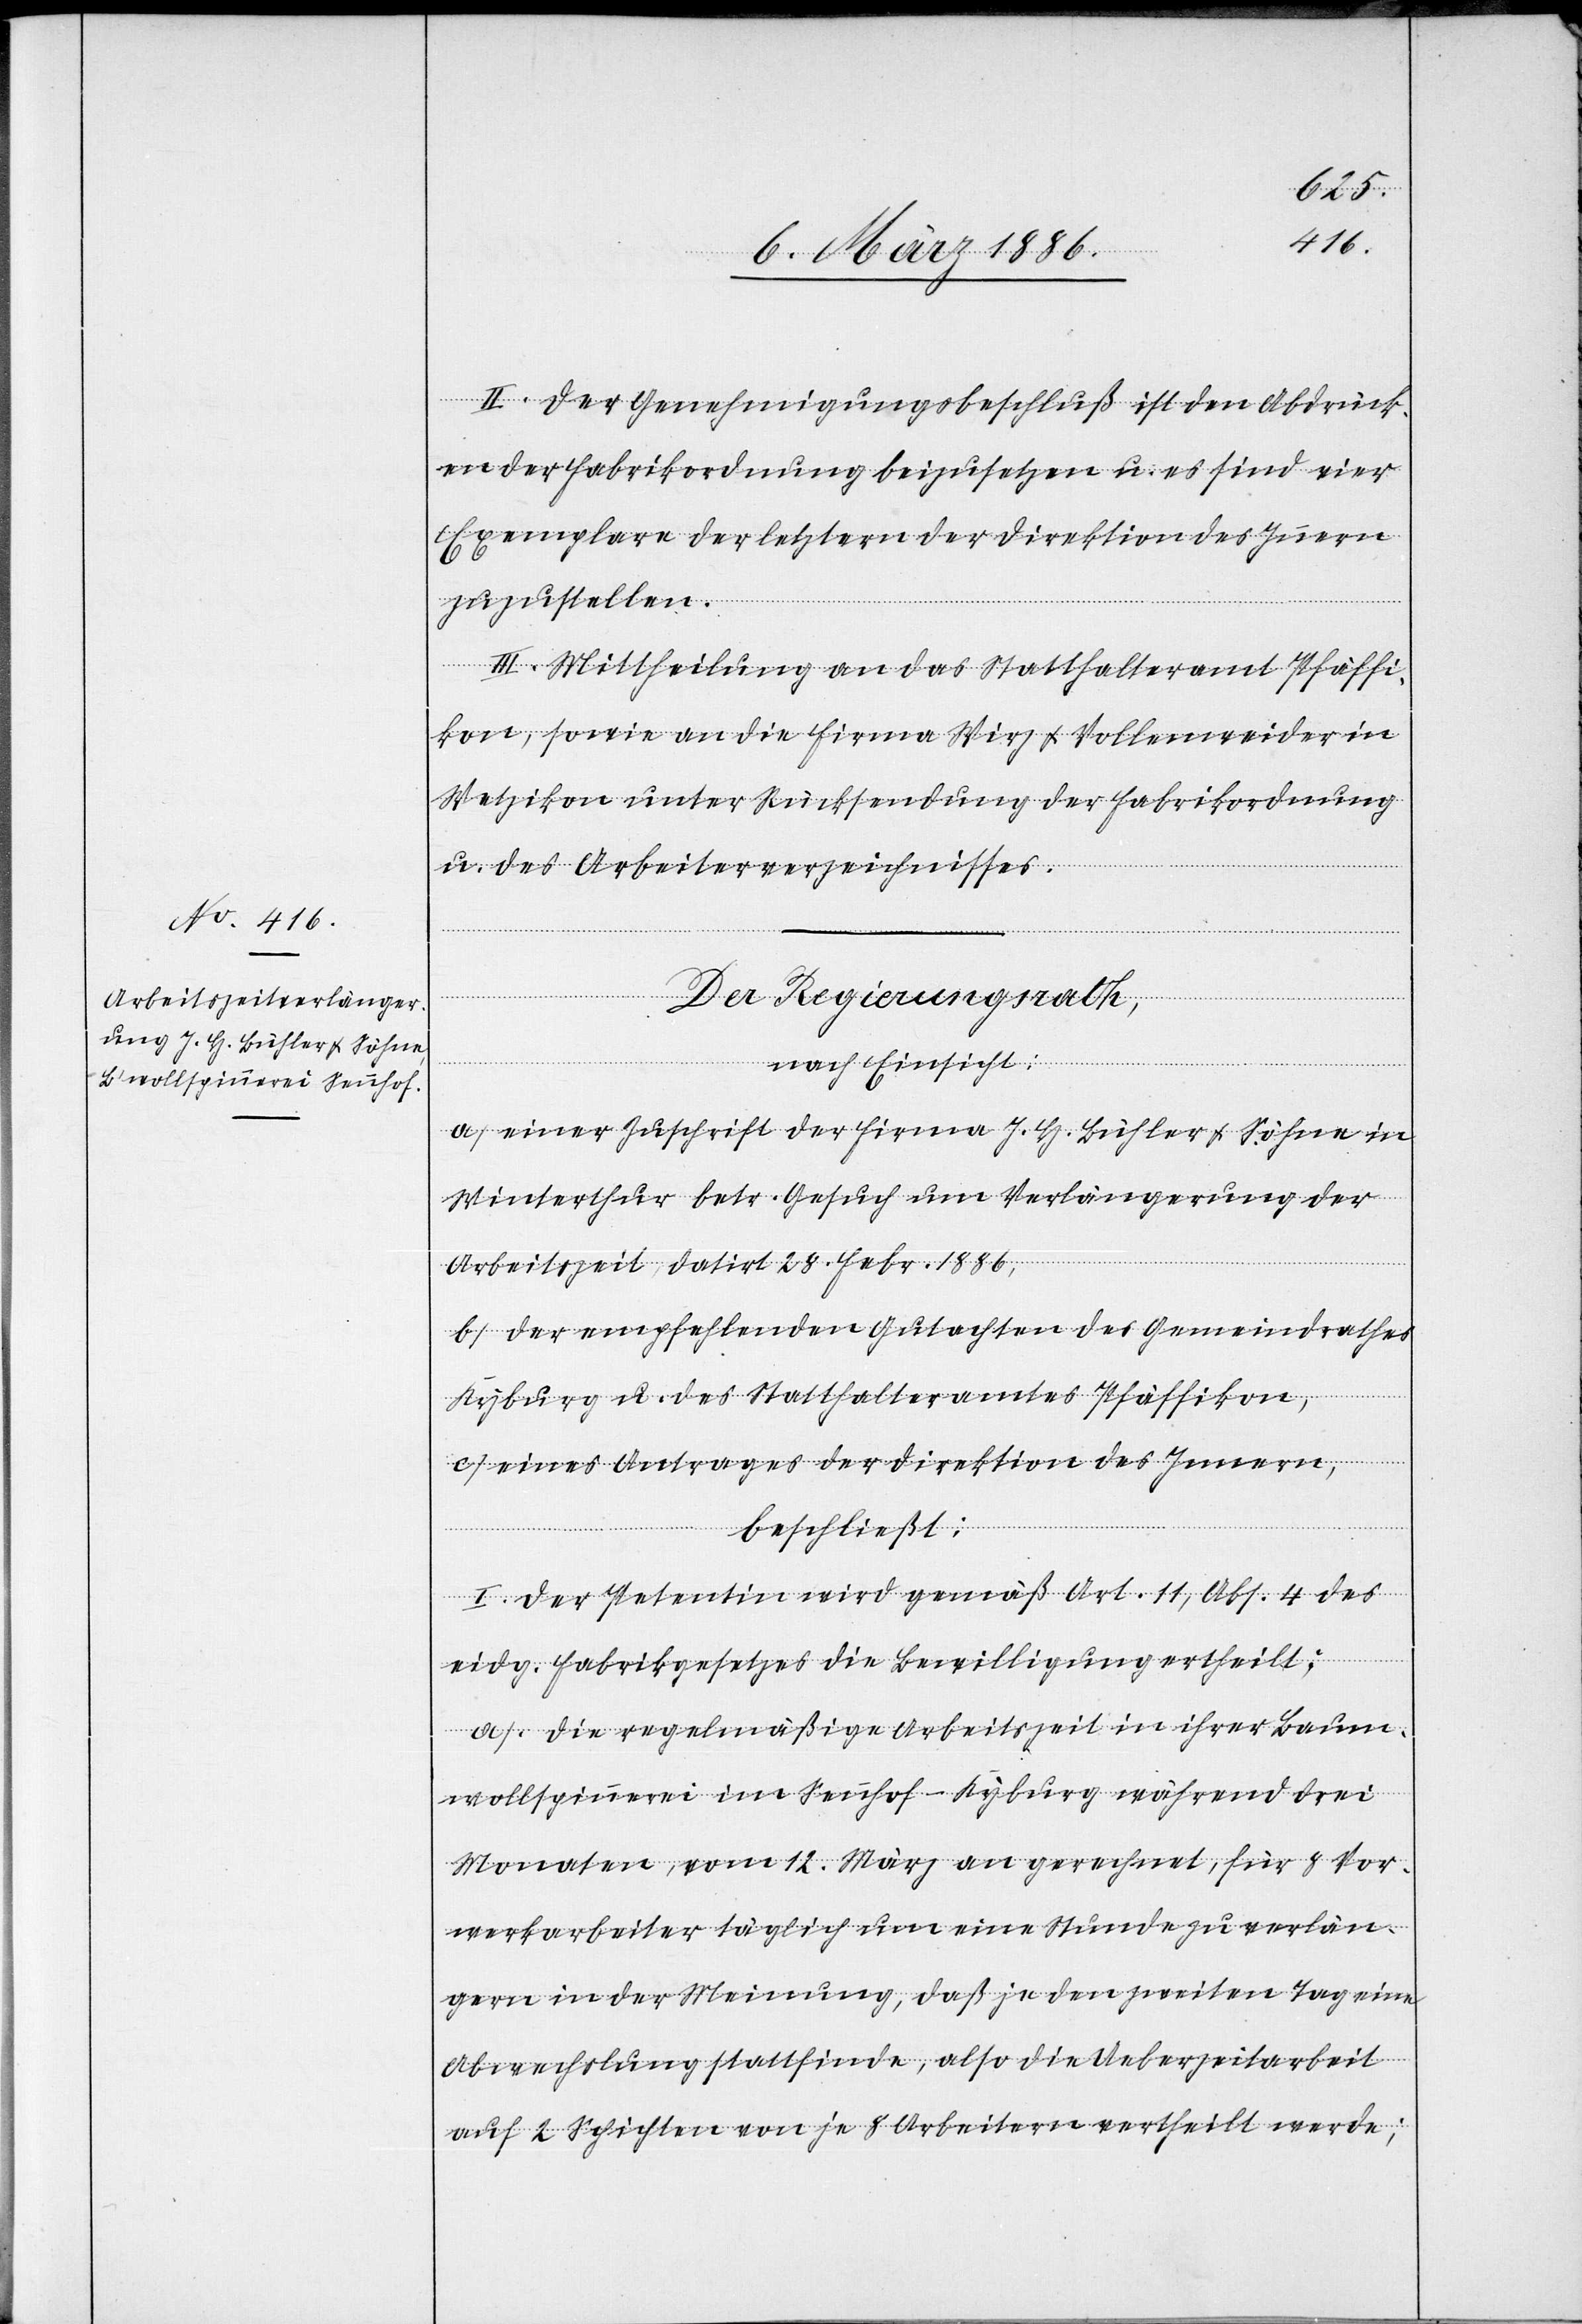
II. Der Genehmigungsbeschluß ist den Abdrück¬
en der Fabrikordnung beizusetzen u. es sind vier
Exemplare der letztern der Direktion des Innern
zuzustellen.
III. Mittheilung an das Statthalteramt Pfäffi¬
kon, sowie an die Firma Wirz & Vollenweider in
Wetzikon unter Rücksendung der Fabrikordnung
u. des Arbeiterverzeichnisses.
Der Regierungsrath,
nach Einsicht:
a) Einer Zuschrift der Firma J. H. Bühler & Söhne in
Winterthur betr. Gesuch um Verlängerung der
Arbeitszeit, datirt 28. Febr. 1886,
b) Der empfehlenden Gutachten des Gemeindrathes
Kyburg u. des Statthalteramtes Pfäffikon,
c) Eines Antrages der Direktion des Innern,
beschließt:
I. Der Petentin wird gemäß Art. 11, Abs. 4 des
eidg. Fabrikgesetzes die Bewilligung ertheilt;
a) die regelmäßige Arbeitszeit in ihrer Baum¬
wollspinnerei im Sennhof - Kyburg während drei
Monaten, vom 12. März an gerechnet, für 8 Vor¬
werkarbeiter täglich um eine Stunde zu verlän¬
gern in der Meinung, daß jeden zweiten Tag eine
Abwechslung stattfinde, also die Ueberzeitarbeit
auf 2 Schichten von je 8 Arbeitern ertheilt werde;